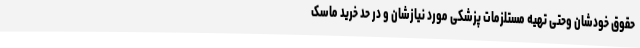
حقوق خودشان وحتی تهیه مستلزمات پزشکی مورد نیازشان و در حد خرید ماسک